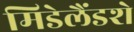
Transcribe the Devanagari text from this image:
मिडेलैंडशे